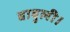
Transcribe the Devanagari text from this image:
बाबुली।